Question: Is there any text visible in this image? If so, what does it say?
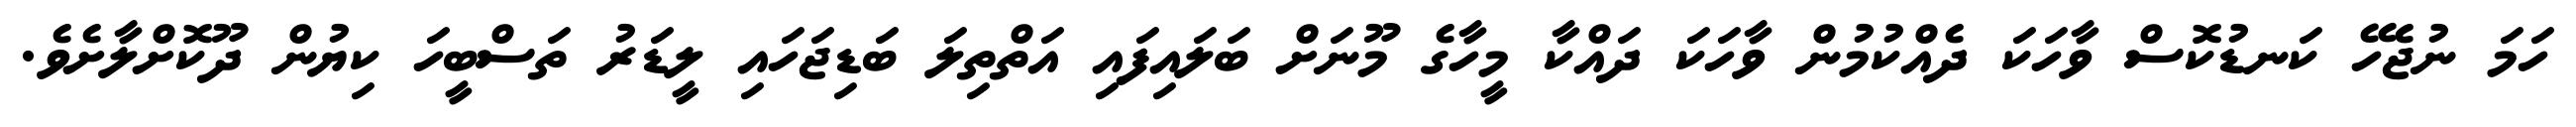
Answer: ހަމަ ނުޖެހޭ ކަނޑުކޮސް ވާހަކަ ދެއްކުމުން ވާހަކަ ދައްކާ މީހާގެ މޫނަށް ބަލައިފައި އަތްތިލަ ބަޑިޖަހައި ލީޑަރު ތަސްބީހަ ކިޔުން ދޫކޮށްލާށެވެ.